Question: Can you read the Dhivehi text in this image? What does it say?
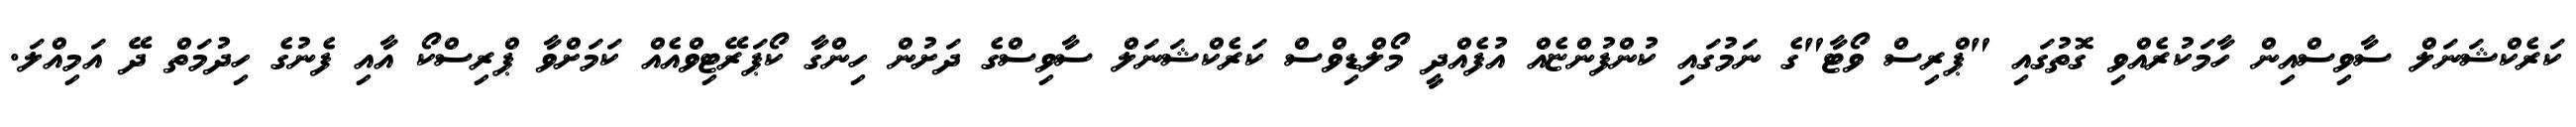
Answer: ކަރެކްޝަނަލް ސާވިސްއިން ހާމަކުރެއްވި ގޮތުގައި "ޕްރިސް ވޯޓާ"ގެ ނަމުގައި ކުންފުންޏެއް އުފެއްދީ މޯލްޑިވްސް ކަރެކްޝަނަލް ސާވިސްގެ ދަށުން ހިންގާ ކޯޕަރޭޓިވްއެއް ކަމަށްވާ ޕްރިސްކޯ އާއި ފެނުގެ ހިދުމަތް ދޭ އަމިއްލަ.